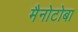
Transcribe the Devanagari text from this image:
मैनोटोबा